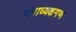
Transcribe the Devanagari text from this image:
उपाध्यक्षगण